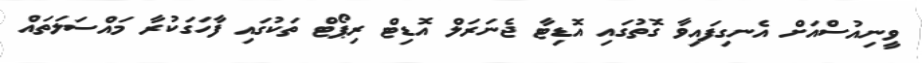
ވީނިއުސްއަށް އެނގިފައިވާ ގޮތުގައި އޮޑިޓާ ޖެނަރަލް އޮޑިޓް ރިޕޯޓް ތަކުގައި ފާހަގަކުރާ މައްސަލަތައް